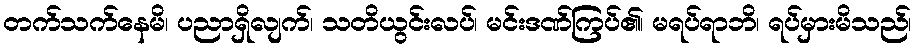
တက်သက်နေမိ၊ ပညာရှိလျက်၊ သတိယွင်းလပ်၊ မင်းဒဏ်ကြပ်၏၊ မရပ်ရာဘိ၊ ရပ်မှားမိသည်၊